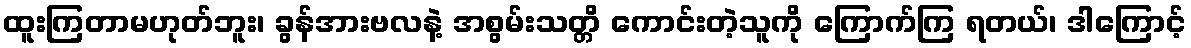
ထူးကြတာမဟုတ်ဘူး၊ ခွန်အားဗလနဲ့ အစွမ်းသတ္တိ ကောင်းတဲ့သူကို ကြောက်ကြ ရတယ်၊ ဒါကြောင့်